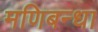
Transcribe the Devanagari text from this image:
मणिबन्धा